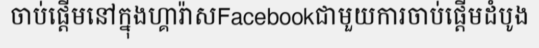
ចាប់ផ្តើមនៅក្នុងហ្គារ៉ាសFacebookជាមួយការចាប់ផ្តើមដំបូង